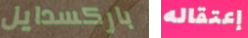
باركسدايل إعتقاله